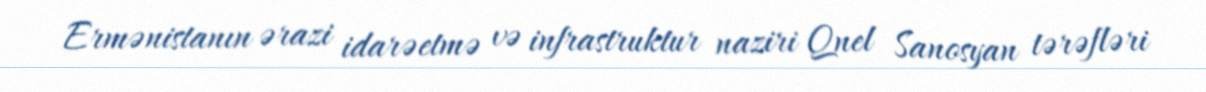
Ermənistanın ərazi idarəetmə və infrastruktur naziri Qnel Sanosyan tərəfləri